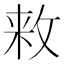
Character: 𱡘